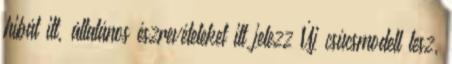
hibát itt, általános észrevételeket itt jelezz Új csúcsmodell lesz,